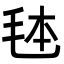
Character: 𭯓